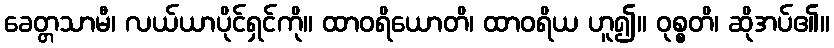
ခေတ္တသာမီ၊ လယ်ယာပိုင်ရှင်ကို။ ထာဝရိယောတိ၊ ထာဝရိယ ဟူ၍။ ဝုစ္စတိ၊ ဆိုအပ်၏။